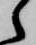
ら